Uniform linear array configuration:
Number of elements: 4
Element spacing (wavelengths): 1
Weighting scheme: uniform
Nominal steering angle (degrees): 45
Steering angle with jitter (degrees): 45.9
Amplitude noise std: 0.05
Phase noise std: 0.05

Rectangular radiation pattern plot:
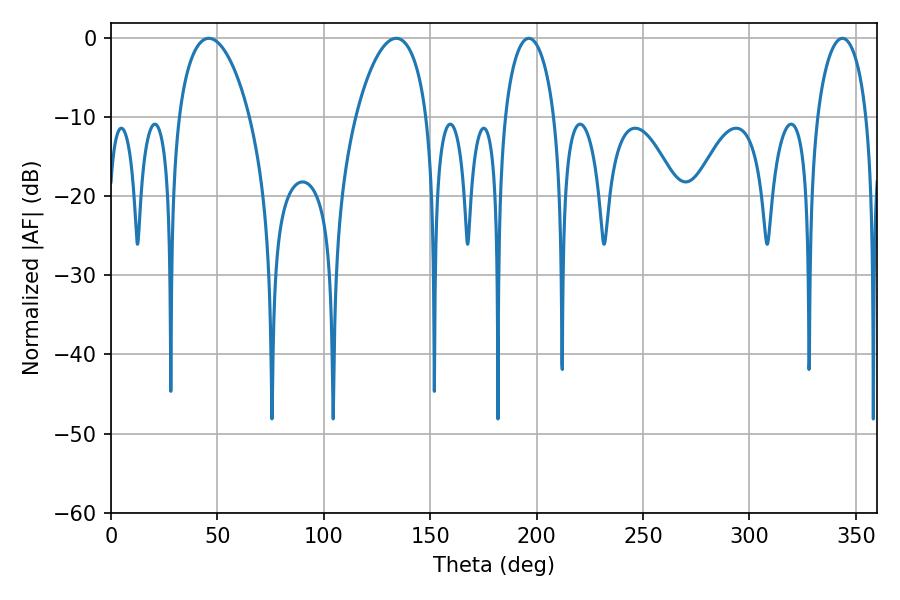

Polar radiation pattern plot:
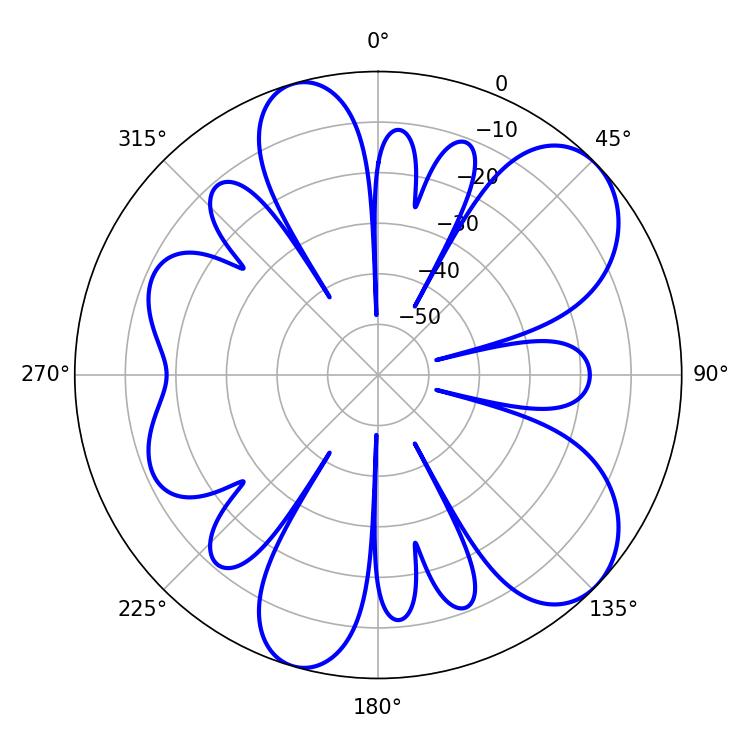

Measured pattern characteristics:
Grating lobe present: TRUE
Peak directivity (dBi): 8.052
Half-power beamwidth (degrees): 19.08
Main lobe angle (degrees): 45.9